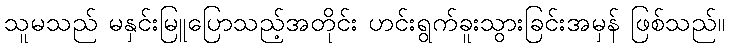
သူမသည် မနှင်းမြူပြောသည့်အတိုင်း ဟင်းရွက်ခူးသွားခြင်းအမှန် ဖြစ်သည်။